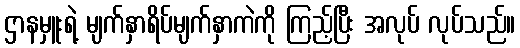
ဌာနမှူးရဲ့ မျက်နှာရိပ်မျက်နှာကဲကို ကြည့်ပြီး အလုပ် လုပ်သည်။